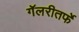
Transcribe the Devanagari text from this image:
गॅलरीतर्फे